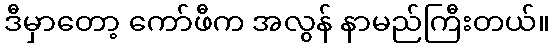
ဒီမှာတော့ ကော်ဖီက အလွန် နာမည်ကြီးတယ်။